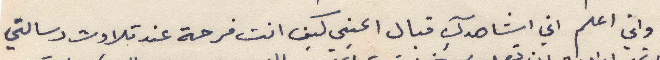
واني اعلم اني اشاهدك قبال اعيني كيف انت فرحة عند تلاوت رسالتي